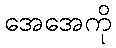
အေအေကို